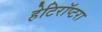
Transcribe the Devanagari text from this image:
हेटिरॉप्टरा